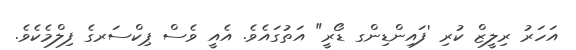
އަހަރު ރިލީޒް ކުރި 'ފައިންޑިންގ ޑޯރީ" އަތުގައެވެ. އެއީ ވެސް ޕިކްސަރގެ ފިލްމެކެވެ.